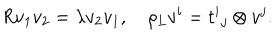
R v _ { 1 } v _ { 2 } = \lambda v _ { 2 } v _ { 1 } , \quad \rho _ { L } v ^ { i } = { t ^ { i } } _ { j } \otimes v ^ { j } .